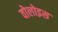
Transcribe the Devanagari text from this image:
वोलोइस